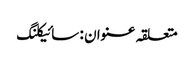
متعلقہ عنوان : سائیکلنگ